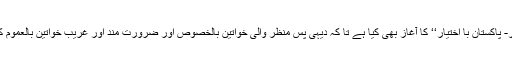
بینک نے ایک منصوبہ ’’خواتین با اختیار- پاکستان با اختیار‘‘ کا آغاز بھی کیا ہے تا کہ دیہی پس منظر والی خواتین بالخصوص اور ضرورت مند اور غریب خواتین بالعموم کی پیشہ ورانہ تربیت میں مدد کی جائے۔